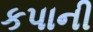
કપાની